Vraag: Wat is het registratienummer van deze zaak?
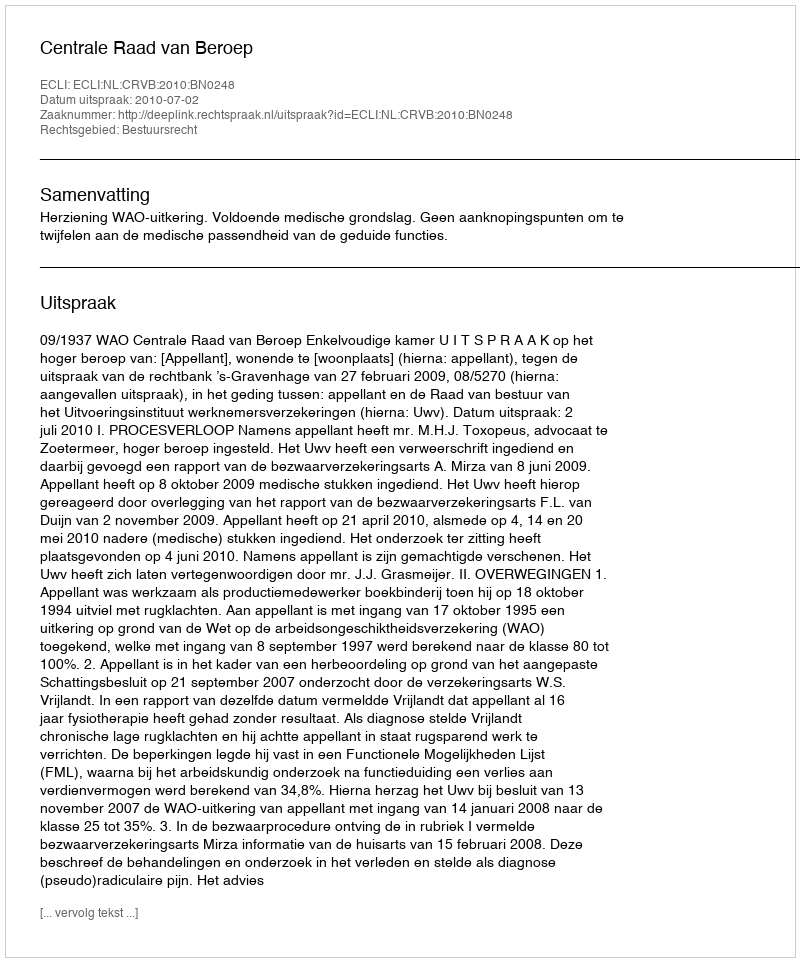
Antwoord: http://deeplink.rechtspraak.nl/uitspraak?id=ECLI:NL:CRVB:2010:BN0248